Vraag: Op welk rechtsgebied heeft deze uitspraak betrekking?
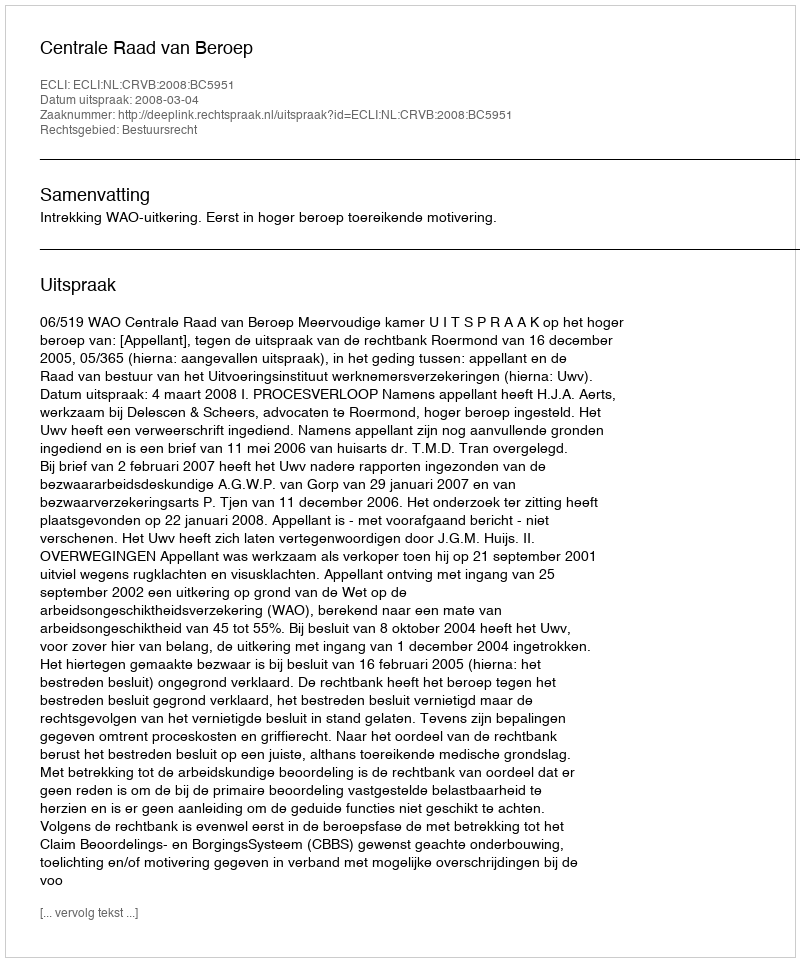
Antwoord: Bestuursrecht